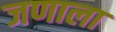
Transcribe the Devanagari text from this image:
जणाला